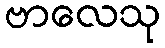
ဗာလေသု